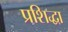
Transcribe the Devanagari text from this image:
प्रशिद्धा